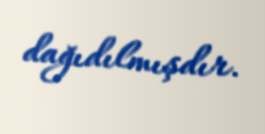
dağıdılmışdır.